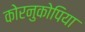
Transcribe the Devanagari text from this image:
कोरनुकोपिया